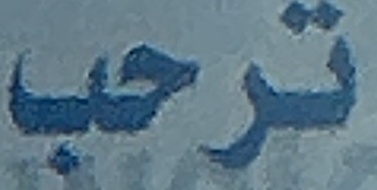
ترحب